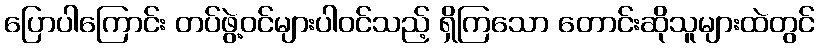
ပြောပါကြောင်း တပ်ဖွဲ့ဝင်များပါဝင်သည့် ရှိကြသော တောင်းဆိုသူများထဲတွင်